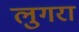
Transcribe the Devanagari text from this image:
लुगरा